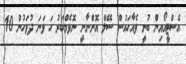
އެސްޓީއޯއިން ބުނީ ވެއާހައުސް ސޭލް އޮންނާނީ ނޮވެމްބަރު ހަ ވަނަ ދުވަހުން 10